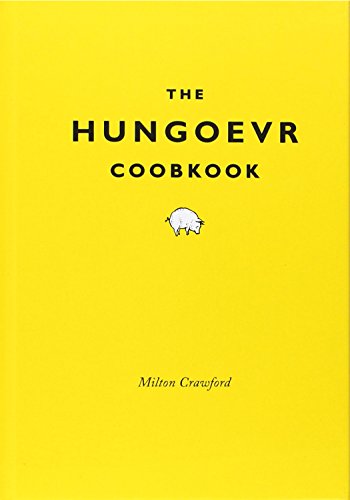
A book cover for The Hungover Cookbook; Milton Crawford; Humor & Entertainment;